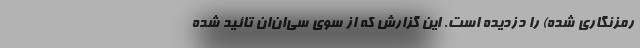
رمزنگاری شده) را دزدیده است. این گزارش که از سوی سی‌ان‌ان تائید شده